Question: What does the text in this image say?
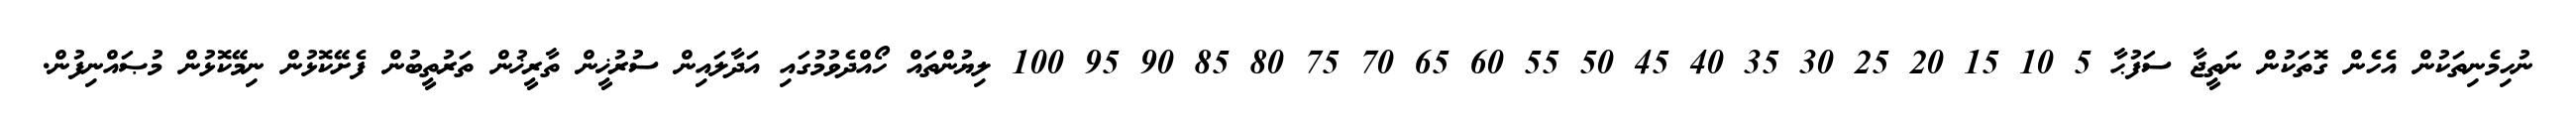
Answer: ނުހިމެނިތަކުން އެހެން ގޮތަކުން ނަތީޖާ ސަފުޙާ 5 10 15 20 25 30 35 40 45 50 55 60 65 70 75 80 85 90 95 100 ލިޔުންތައް ހޯއްދެވުމުގައި އަދާލައިން ސުރުޚީން ތާރީޚުން ތަރުތީބުން ފެށޭކޮޅުން ނިމޭކޮޅުން މުޞައްނިފުން.